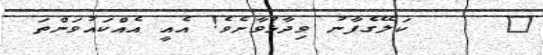
١     ކަލޭގެފާނު ވިދާޅުވާށެވެ! އެއީ އެއްކައުވަންތަ